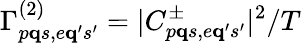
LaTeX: \Gamma_{p{\mathbf q}s,e{\mathbf q}^{\prime}s^{\prime}}^{(2)}=|C_{p{\mathbf q}s,e{\mathbf q}^{\prime}s^{\prime}}^{\pm}|^{2}/T